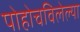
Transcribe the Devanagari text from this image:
पोहोचविलेल्या